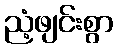
ညံ့ဖျင်းစွာ